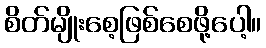
စိတ်မျိုးစေ့ဖြစ်စေဖို့ပေါ့။